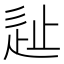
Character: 𰺵